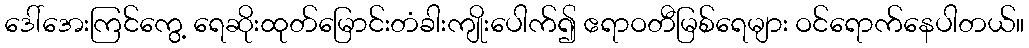
ဒေါ်အေးကြင်ကွေ့ ရေဆိုးထုတ်မြောင်းတံခါးကျိုးပေါက်၍ ဧရာဝတီမြစ်ရေများ ဝင်ရောက်နေပါတယ်။